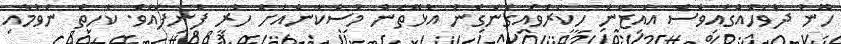
ހޫނު ދުވަހެއްގައިވެސް އައިޒަން ހީކަރުވައިގަނެގެން އުޅޭތަން މުސްކާންއަށް ހުރީ ފެނިފައެވެ. ކާހިތް ނުވުމާއި